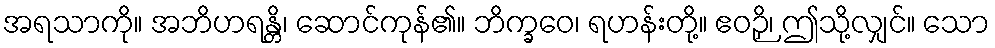
အရသာကို။ အဘိဟရန္တိ၊ ဆောင်ကုန်၏။ ဘိက္ခဝေ၊ ရဟန်းတို့။ ဧဝဉှိ၊ ဤသို့လျှင်။ သော